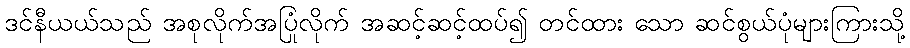
ဒင်နီယယ်သည် အစုလိုက်အပြုံလိုက် အဆင့်ဆင့်ထပ်၍ တင်ထား သော ဆင်စွယ်ပုံများကြားသို့